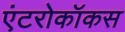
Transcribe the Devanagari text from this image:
एंटरोकॉकस